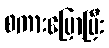
စကားပြောပြီး